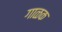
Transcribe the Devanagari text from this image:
गाळक